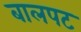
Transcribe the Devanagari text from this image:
बालपट